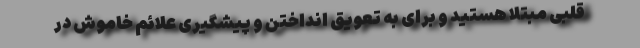
قلبی مبتلا هستید و برای به تعویق انداختن و پیشگیری علائم خاموش در